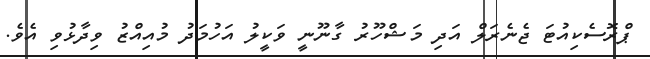
ޕްރޮސެކިއުޓަ ޖެނެރަލް އަދި މަޝްހޫރު ގާނޫނީ ވަކީލު އަހުމަދު މުއިއްޒު ވިދާޅުވި އެވެ.